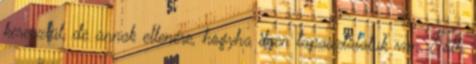
keresztül, de annak ellenére, hogyha ilyen tapasztalatuk van. Tóth